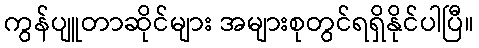
ကွန်ပျူတာဆိုင်များ အများစုတွင်ရရှိနိုင်ပါပြီ။